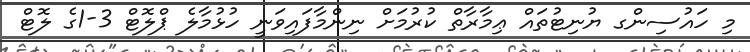
މި ހައުސިންގ ޔުނިޓުތައް ޢިމާރާތް ކުރުމަށް ނިންމާފައިވަނީ ހުޅުމާލެ ޕްލޮޓް 3-1ގެ ލޮޓް